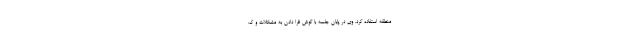
منطقه استفاده کرد. وی در پایان جلسه با گوش فرا دادن به مشکلات و ک